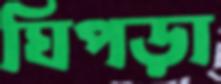
ঘিপড়া